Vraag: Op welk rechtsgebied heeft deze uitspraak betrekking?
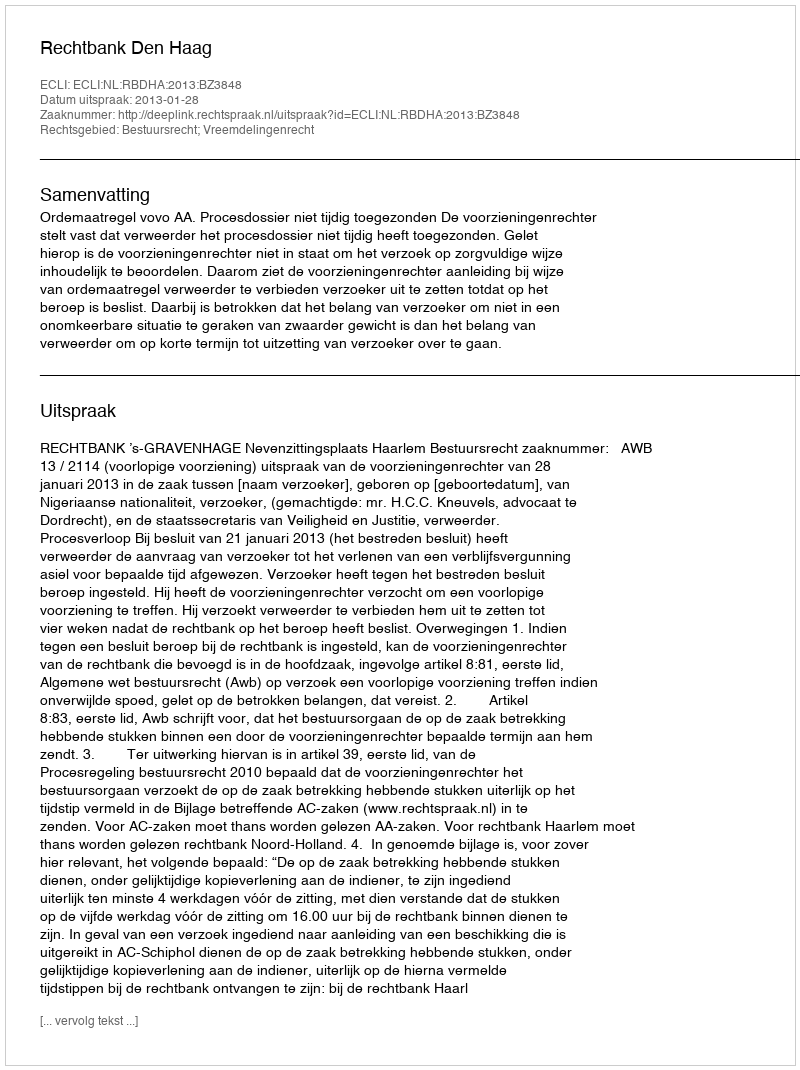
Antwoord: Bestuursrecht; Vreemdelingenrecht